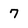
Character: 7